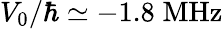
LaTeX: V_{0}/\hbar\simeq-1.8\; \mathrm{MHz}